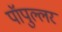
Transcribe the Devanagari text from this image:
पॉपुल्लर